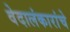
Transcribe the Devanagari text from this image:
वेदालंकारांचे